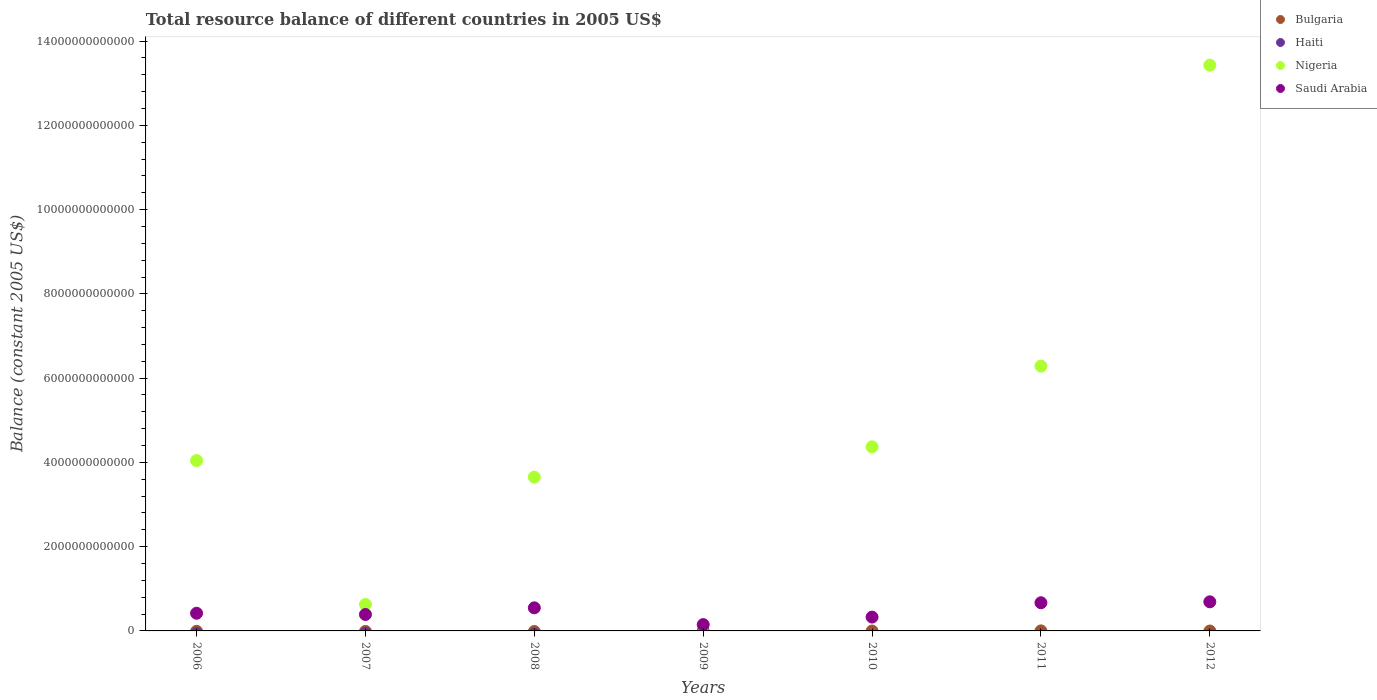
| Years | Bulgaria | Haiti | Nigeria | Saudi Arabia |
 | --- | --- | --- | --- | --- |
 | 2006 | -9.16e+09 | -6.02e+10 | 4.04e+12 | 4.19e+11 |
 | 2007 | -1.2e+10 | -5.66e+10 | 6.27e+11 | 3.9e+11 |
 | 2008 | -1.44e+10 | -7.88e+10 | 3.65e+12 | 5.48e+11 |
 | 2009 | -6.04e+09 | -7.2e+10 | -6.7e+10 | 1.5e+11 |
 | 2010 | -2.01e+09 | -1.32e+11 | 4.37e+12 | 3.29e+11 |
 | 2011 | 7.66e+08 | -1.26e+11 | 6.29e+12 | 6.68e+11 |
 | 2012 | -2.28e+09 | -1.19e+11 | 1.34e+13 | 6.91e+11 |